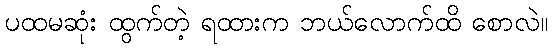
ပထမဆုံး ထွက်တဲ့ ရထားက ဘယ်လောက်ထိ စောလဲ။